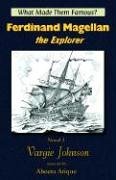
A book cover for Ferdinand Magellan, the Explorer; Vargie Johnson; Teen & Young Adult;